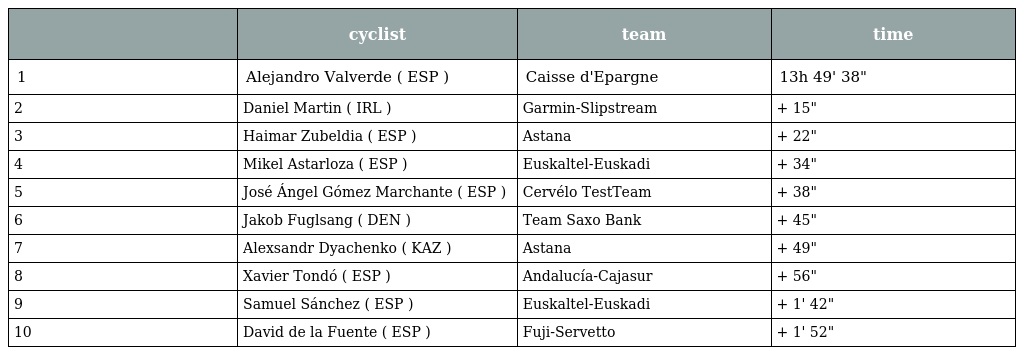
|  | cyclist | team | time |
 | --- | --- | --- | --- |
 | 1 | Alejandro Valverde ( ESP ) | Caisse d'Epargne | 13h 49' 38" |
 | 2 | Daniel Martin ( IRL ) | Garmin-Slipstream | + 15" |
 | 3 | Haimar Zubeldia ( ESP ) | Astana | + 22" |
 | 4 | Mikel Astarloza ( ESP ) | Euskaltel-Euskadi | + 34" |
 | 5 | José Ángel Gómez Marchante ( ESP ) | Cervélo TestTeam | + 38" |
 | 6 | Jakob Fuglsang ( DEN ) | Team Saxo Bank | + 45" |
 | 7 | Alexsandr Dyachenko ( KAZ ) | Astana | + 49" |
 | 8 | Xavier Tondó ( ESP ) | Andalucía-Cajasur | + 56" |
 | 9 | Samuel Sánchez ( ESP ) | Euskaltel-Euskadi | + 1' 42" |
 | 10 | David de la Fuente ( ESP ) | Fuji-Servetto | + 1' 52" |